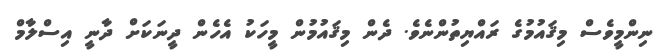
ނިންމީވެސް މިޤައުމުގެ ރައްޔިތުންނެވެ. ދެން މިޤައުމުން މީހަކު އެހެން ދީނަކަށް ދާނީ އިސްލާމް